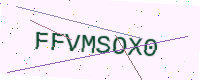
Text: FFVMSOX0